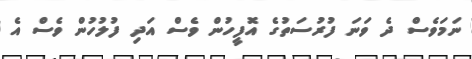
ނަމަވެސް ދެ ވަނަ ފުރުސަތުގެ އޮފީހުން ވެސް އަދި ފުލުހުން ވެސް އެ